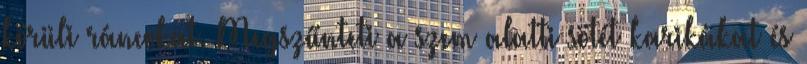
körüli ráncokat. Megszűnteti a szem alatti sötét karikákat és